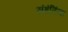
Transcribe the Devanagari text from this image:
संहंतिंना